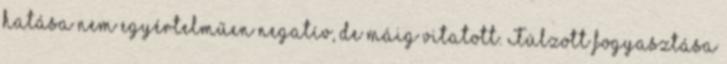
hatása nem egyértelműen negatív, de máig vitatott. Túlzott fogyasztása